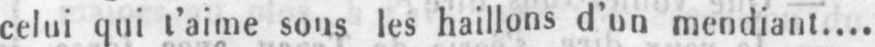
celui qui t’aime sous les haillons d’un mendiant....